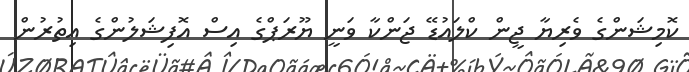
ކޮމިޝަންގެ ވެރިޔާ ޖީން ކްލައުޑޭ ޖަންކާ ވަނީ ޔޫރަޕްގެ އިސް އޮފިޝަލުންގެ އިތުރުން